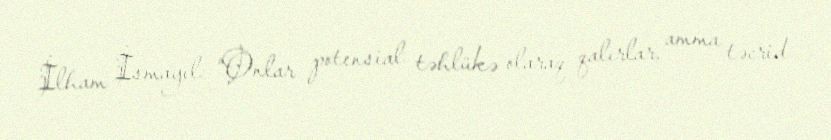
İlham İsmayıl: “Onlar potensial təhlükə olaraq qalırlar, amma təcrid